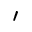
'